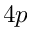
4 p